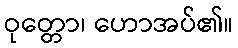
ဝုတ္တော၊ ဟောအပ်၏။